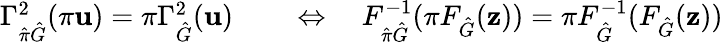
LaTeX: \begin{array}{rl}{\Gamma_{\hat{\pi}\hat{G}}^{2}(\pi\mathbf{u})=\pi\Gamma_{\hat{G}}^{2}(\mathbf{u})}&{{}\quad\Leftrightarrow\quad F_{\hat{\pi}\hat{G}}^{-1}(\pi F_{\hat{G}}(\mathbf{z}))=\pi F_{\hat{G}}^{-1}(F_{\hat{G}}(\mathbf{z}))}\end{array}